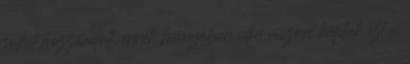
sokat hozzáadott, ennek hiányában idén viszont kaptuk ezt a